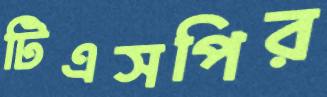
টিএসপির